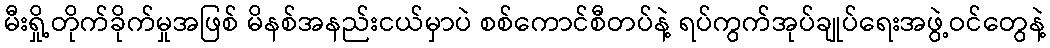
မီးရှို့တိုက်ခိုက်မှုအဖြစ် မိနစ်အနည်းငယ်မှာပဲ စစ်ကောင်စီတပ်နဲ့ ရပ်ကွက်အုပ်ချုပ်ရေးအဖွဲ့ဝင်တွေနဲ့